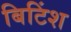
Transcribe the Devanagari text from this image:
बिटिंश